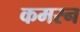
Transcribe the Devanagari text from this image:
कमरन